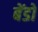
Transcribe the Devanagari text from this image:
बेंडों